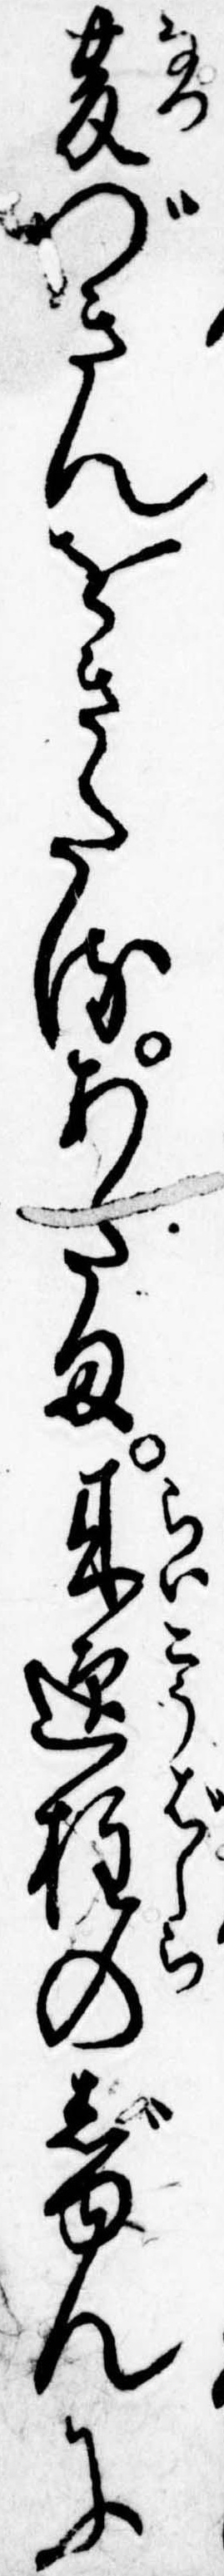
夏づきんをきたるあたま来迎柱のじゆんに